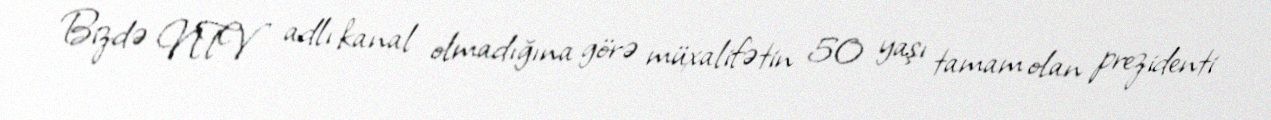
Bizdə NTV adlı kanal olmadığına görə müxalifətin 50 yaşı tamam olan prezidenti